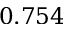
0 . 7 5 4